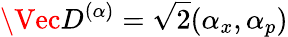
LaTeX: \Vec{D}^{(\alpha)}=\sqrt{2}(\alpha_{x},\alpha_{p})